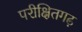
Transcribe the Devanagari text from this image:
परीक्षितगढ़